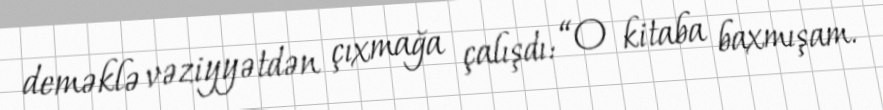
deməklə vəziyyətdən çıxmağa çalışdı: “O kitaba baxmışam.